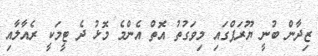
ޒިދާން ބުނީ ޔޫރަޕްގައި މިވަގުތު އޮތް އެންމެ މޮޅު ދެ ޓީމަކީ ރެއާލާއި